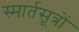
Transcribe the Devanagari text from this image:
स्मार्तसूत्रों